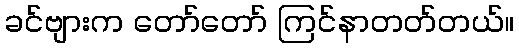
ခင်ဗျားက တော်တော် ကြင်နာတတ်တယ်။